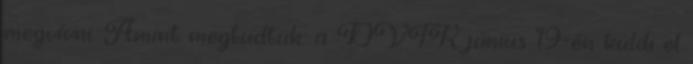
megvívni. Amint megtudtuk: a DVTK június 19-én küldi el